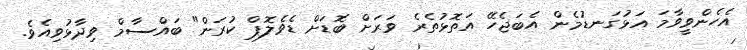
އެހެންވީވާމަ އަޅުގަނޑުމެން އެބަޖެހޭ އަތޮޅުތެރެ ވަރަށް ބޮޑަށް ޑެވެލޮޕް ކުރަން" ބައްސާމް ވިދާޅުވިއެވެ.